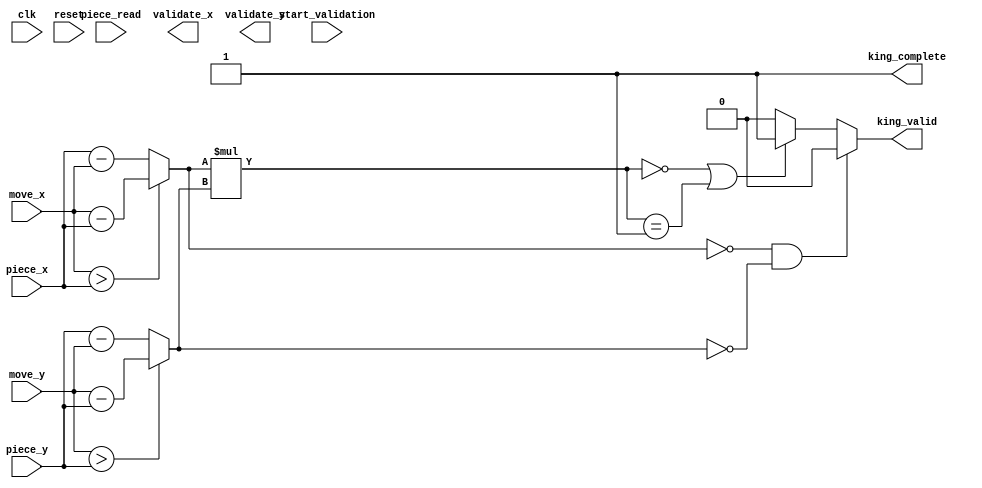
module validator_king (
  input clk,
  input start_validation,
  output reg king_complete,
  input reset,
  input [2:0] piece_x, piece_y,
  input [2:0] move_x, move_y,
  input [3:0] piece_read,
  output [2:0] validate_x, validate_y,
  output reg king_valid
  );

  wire [2:0] x_dis, y_dis, product_dis;
  assign x_dis = (move_x > piece_x) ? (move_x - piece_x) : (piece_x - move_x);
  assign y_dis = (move_y > piece_y) ? (move_y - piece_y) : (piece_y - move_y);
  assign product_dis = x_dis * y_dis;

  always @ ( * ) begin
    // staying in original position is not allowed
    if((x_dis == 3'd0) && (y_dis == 3'd0)) begin
      king_valid = 1'b0;
    end
    else begin
      if((product_dis == 3'd0) || (product_dis == 3'd1))
        king_valid = 1'b1;
      else
        king_valid = 1'b0;
    end
//    $display("[King] x_dis:%d y_dis:%d", x_dis, y_dis);
    king_complete = 1'b1;
  end
endmodule // validator_king